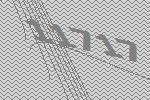
11717